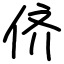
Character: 侪